Document type: Grant of rights
Year: 1326
Scribe: Bernat de Vilarúbia
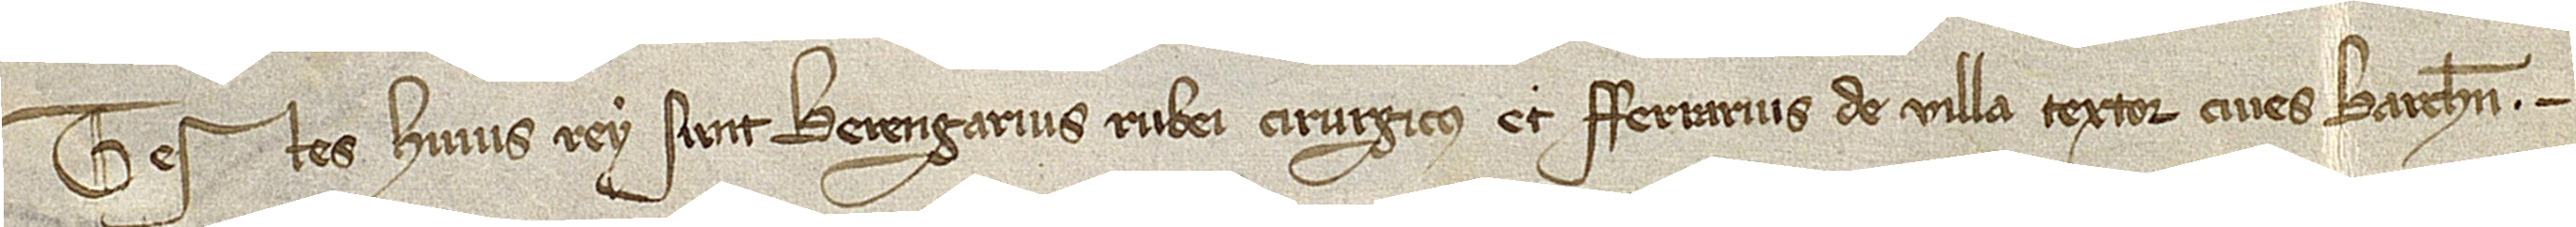
Testes huius rey sunt: Berengarius Rubei, cirurgicus, et Ferrarius de Villa, textor, cives Barchinone.